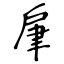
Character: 肁